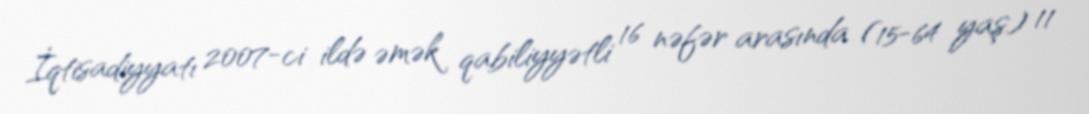
İqtisadiyyatı 2007-ci ildə əmək qabiliyyətli 16 nəfər arasında (15-64 yaş) 11